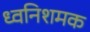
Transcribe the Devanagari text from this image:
ध्वनिशमक